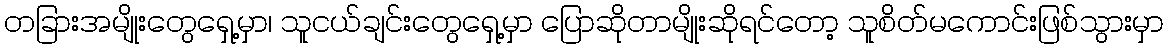
တခြားအမျိုးတွေရှေ့မှာ၊ သူငယ်ချင်းတွေရှေ့မှာ ပြောဆိုတာမျိုးဆိုရင်တော့ သူစိတ်မကောင်းဖြစ်သွားမှာ